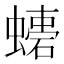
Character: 𧑠